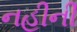
નહીની